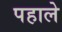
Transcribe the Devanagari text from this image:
पहाले